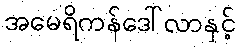
အမေရိကန်ဒေါ်လာနှင့်